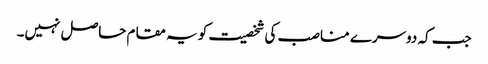
جب کہ دوسرے مناصب کی شخصیت کو یہ مقام حاصل نہیں۔